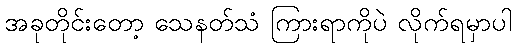
အခုတိုင်းတော့ သေနတ်သံ ကြားရာကိုပဲ လိုက်ရမှာပါ